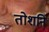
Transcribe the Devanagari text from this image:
तोशनि